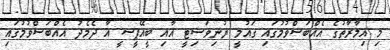
މި އިމާރާތުގެ އެއްބަސްވުމުގައި ގައުމީ ޔުނިވަސިޓީ އާއި ބީއޭޕީސީ އާ ދެމެދު އެއްބަސްވުމުގައި